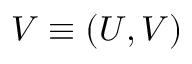
\ensuremath { \boldsymbol { V } } \equiv ( U , V )